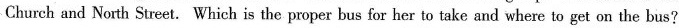
Church and North Street.Which is the proper bus for her to take and where to get on the bus?